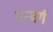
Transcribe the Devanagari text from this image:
एन्बर्ग